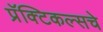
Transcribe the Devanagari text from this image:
प्रॅक्टिकल्सचे